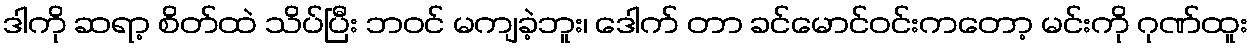
ဒါကို ဆရာ့ စိတ်ထဲ သိပ်ပြီး ဘဝင် မကျခဲ့ဘူး၊ ဒေါက် တာ ခင်မောင်ဝင်းကတော့ မင်းကို ဂုဏ်ထူး